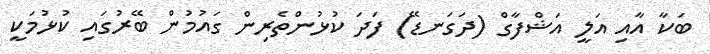
ބަކާ އާއި އަލީ އަޝްފާގް (ދަގަނޑޭ) ފަދަ ކުޅުންތެރިން ގައުމުން ބޭރުގައި ކުޅުމަކީ